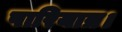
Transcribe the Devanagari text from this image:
पारियात्र।